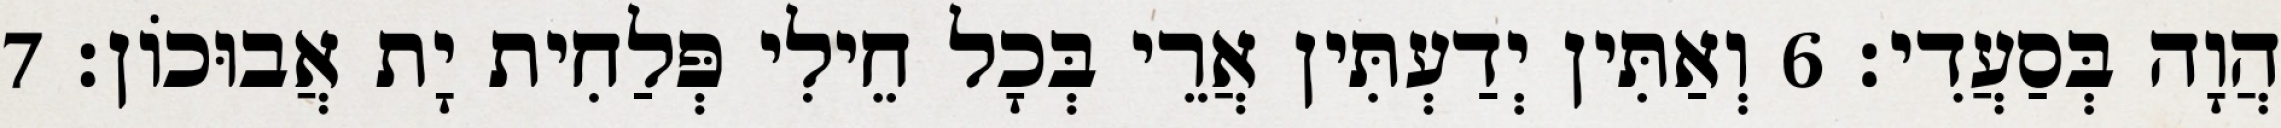
הֲוָה בְּסַעֲדִי׃ 6 וְאַתִּין יְדַעְתִּין אֲרֵי בְּכָל חֵילִי פְּלַחִית יָת אֲבוּכוֹן׃ 7